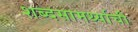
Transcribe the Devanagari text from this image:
शब्दसामर्थ्याची